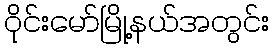
ဝိုင်းမော်မြို့နယ်အတွင်း